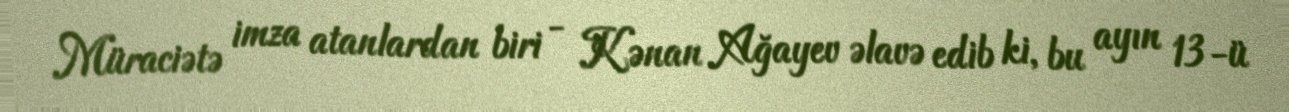
Müraciətə imza atanlardan biri - Kənan Ağayev əlavə edib ki, bu ayın 13-ü